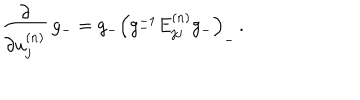
\frac { \partial } { \partial u _ { j } ^ { ( n ) } } \, g _ { - } = g _ { - } \left( g _ { - } ^ { - 1 } E _ { j j } ^ { ( n ) } g _ { - } \right) _ { - } \, .